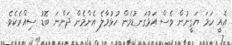
އެއީ ހަމަ ޔަގީނުން ވެސް އަޅުގަނޑުމެން ހުޅުމާލެ އެންމެން ދަންނަ ބޮޑު ސިއްރެކެވެ.